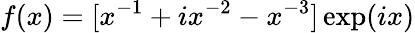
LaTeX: f(x)=[x^{-1}+ix^{-2}-x^{-3}]\exp(ix)